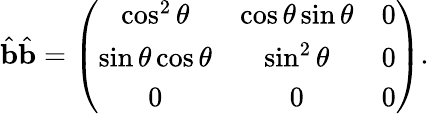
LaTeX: \hat{\mathbf{b}}\hat{\mathbf{b}}=\left(\begin{array}{ccc}{\cos^{2}\theta}&{\cos\theta\sin\theta}&{0}\\ {\sin\theta\cos\theta}&{\sin^{2}\theta}&{0}\\ {0}&{0}&{0}\end{array}\right).